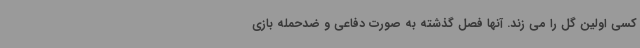
کسی اولین گل را می زند. آنها فصل گذشته به صورت دفاعی و ضدحمله بازی